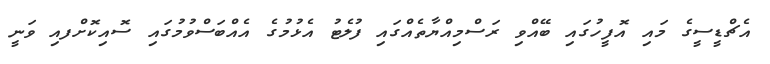
އެޗްޑީސީގެ މައި އޮފީހުގައި ބޭއްވި ރަސްމިއްޔާތެއްގައި ފުލެޓު އެޅުމުގެ އެއްބަސްވުމުގައި ސޮއިކޮށްފއި ވަނީ